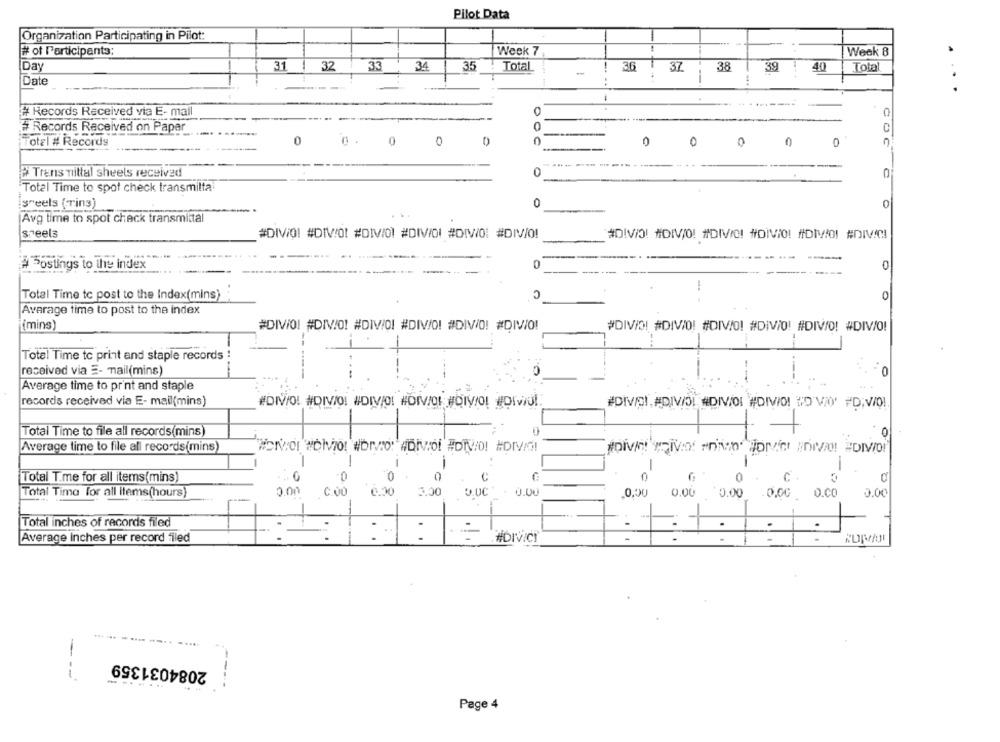
Pilot Data
Organization Participating in Pilot:
# of Participants:
Week 7
Week 8
Day
31
32
33
34
35
Total
36
38
40
Total
-
44
37
39
Date
---
....
# Records Received via E- mail
0
0
0
# Records Received on Paper
otel # Records
0
0
0
0
0
0
0
0
# Trans mittal sheels received
0
Total Time to spot check transmilta
sreels (Ting)
0
0
Avg time to spot check transmittal
speels
#DIViO! #DIV/O! #DIVI01 #DIVIDI #DIVI0: #DIV/O!
#DIVIO! #DIV/O! #DIVIO! #DIVIO! #DIVIDI #DIVIC!
# Postings to the index
0
0
C
Total Time to post to the Index(mins)
0
Average time to post to the index
(mins)
#DIVIO! #DIVIO! #DIVIDI #DIV/O! #DIV/O! #DIV/O!
#DIVIDI #DIVIO! #DIV/O! #DIV/0! #DIV/O! #DIV/0!
Total Time to print and staple records
received via E- mail(mins)
0
--
Average time to print and staple
records received via E- mail(mins)
#DIVO! #DIVIO! #DIVJO! #DIVIOL #DIV/O! #DIviu!
#DIVISI , ADIVISI #DIVIOL #DIVIO! #O VIO' #D;V/Q !.
Total Time to file all records(mins)
O
Average time to file all records(mins)
HONVOI WOIVIO! #DIVO: #DIVO! #DIVO! #DIVIS!
1
-
-
-
Total T.me for all items(mins)
0
0
0
C
0
0
C
Total Time for all items(hours)
0.00
C.00
0.30
3,00
0.00
0.00
0.00
0.00
0.00 0.CO
0.00
Total inches of records filed
Average inches per record filed
:
WDIVICI
2084031359
----
Page 4